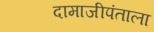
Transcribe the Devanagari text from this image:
दामाजीपंताला